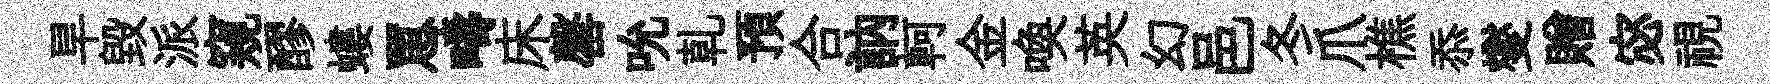
旱毀派窺醪螻罳疇床罄吮乹預合訥軻金喚英幻邑冬爪樵忝燮贈宓視